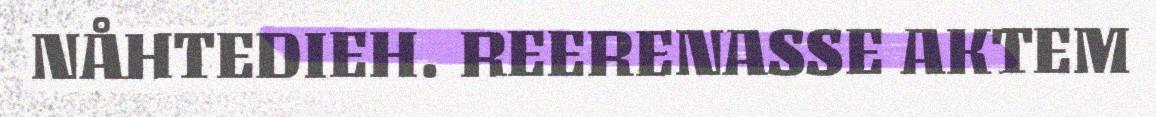
NÅHTEDIEH. REERENASSE AKTEM